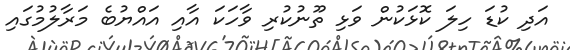
އަދި ކުޑަ ހިލަ ކޮޅަކުން ވަޅި ތޫނުކުރި ވާހަކަ އާއި އައްޔުބެ މަރާލުމުގައި